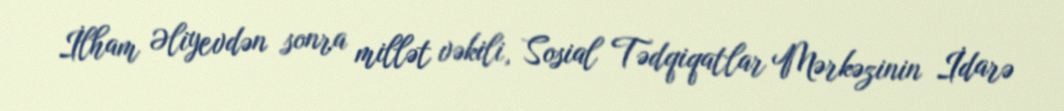
İlham Əliyevdən sonra millət vəkili, Sosial Tədqiqatlar Mərkəzinin İdarə